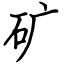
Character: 矿